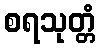
စရသုတ္တံ